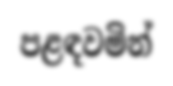
පළඳවමින්